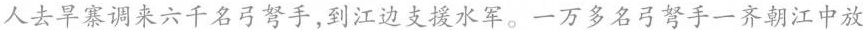
人去旱寨调来六千名弓弩手，到江边支援水军。一万多名弓弩手一齐朝江中放